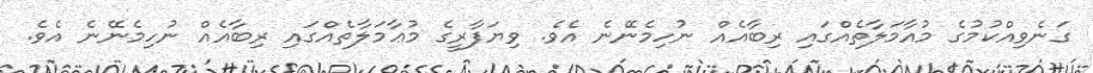
ގަނެވިއްކުމުގެ މުއާމަލާތެއްގައި ރިބާއެއް ނުހިމެނޭނެ އެވެ. ވިޔަފާރީގެ މުޢާމަލާތެއްގައި ރިބާއެއް ނުހިމެނޭނެ އެވެ.